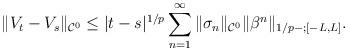
LaTeX: \begin{align*}\| V_t - V_s \|_{\mathcal{C}^0} \leq | t-s|^{1/p} \sum_{n = 1}^{\infty} \| \sigma_n \|_{\mathcal{C}^0} \|\beta^n \|_{1/p-;[-L,L]}.\end{align*}